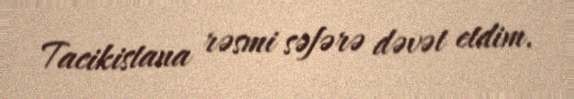
Tacikistana rəsmi səfərə dəvət etdim.